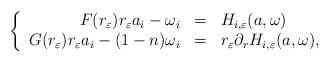
LaTeX: \begin{align*}\left\{\begin{array}{rcl}F(r_\varepsilon)r_\varepsilon a_i-\omega_i & = & H_{i,\varepsilon}(a,\omega)\\G(r_\varepsilon)r_\varepsilon a_i-(1-n)\omega_i & = & r_\varepsilon\partial_r H_{i,\varepsilon}(a,\omega),\end{array}\right.\end{align*}